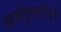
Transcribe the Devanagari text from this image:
सर्वदृष्टीनी